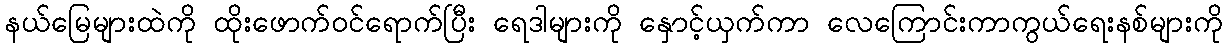
နယ်မြေများထဲကို ထိုးဖောက်ဝင်ရောက်ပြီး ရေဒါများကို နှောင့်ယှက်ကာ လေကြောင်းကာကွယ်ရေးနစ်များကို